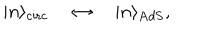
LaTeX: | n \rangle _ { \mathrm { c i r c } } \quad \leftrightarrow \quad | n \rangle _ { \mathrm { A d S } } ,